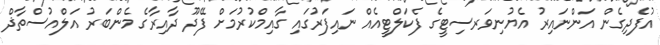
އުފެދިގެން އަންނައިރު އެޔުނިވަރސިޓީގެ ފެކަލްޓީއެއް ނައިފަރުގައި ގާއިމްކުރުމަށް ފޭދޫ ދާއިރާގެ މެންބަރު އަލްއުސްތާޛް